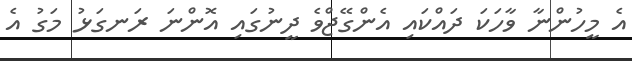
އެ މީހުންނާ ވާހަަކަ ދައްކައި އެންގޭޖްވެ ދީނުގައި އޮންނަ ރަނގަޅު މަގު އެ